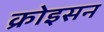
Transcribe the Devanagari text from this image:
क्रोइसन